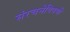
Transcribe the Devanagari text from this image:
संरचनेविषयी